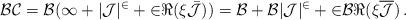
LaTeX: \begin{align*}\cal{BC}=\cal{B}(1+|\cal{J}|^2+2\Re(\xi\bar{\cal{J}}))=\cal{B}+\cal{B}|\cal{J}|^2+2\cal{B}\Re(\xi \overline{\cal{J}})\,.\end{align*}